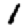
Digit: 1